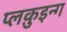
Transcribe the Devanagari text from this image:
प्लक़ुइन्ग